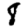
Digit: 8